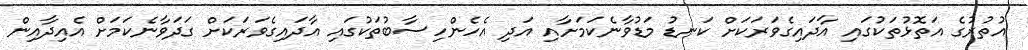
އުތުރުގެ އަތޮޅުތަކުގައި އާދައިގެވަރަކަށް ކަނޑު މަޑުވާނެކަމަށާއި އަދި އެހެންހިސާބުތަކުގައި އާދައިގެވަރަކަށް ގަދަވާނެކަމަށް އެއިދާއިން